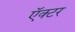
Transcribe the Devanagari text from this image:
ऍक्टर